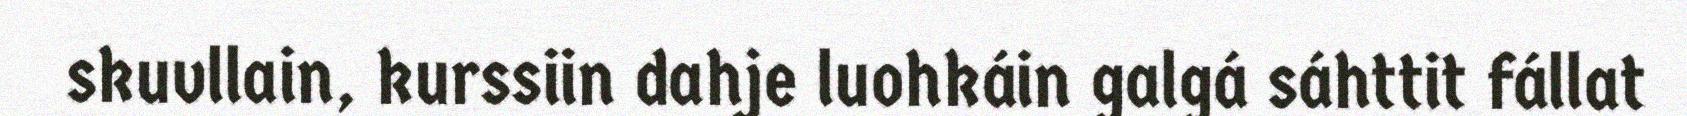
skuvllain, kurssiin dahje luohkáin galgá sáhttit fállat